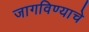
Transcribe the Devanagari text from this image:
जागविण्याचे